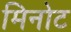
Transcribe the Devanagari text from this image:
मिनोट